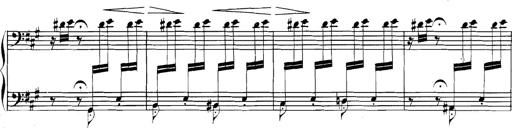
Title: Spinnerlied aus dem Fliegenden HollÃ¤nder
Composer: Franz Liszt